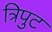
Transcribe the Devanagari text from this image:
त्रिपुट